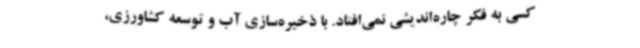
کسی به فکر چاره‌اندیشی نمی‌افتاد. با ذخیره‌سازی آب و توسعه کشاورزی،